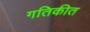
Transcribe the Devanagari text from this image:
गतिकीत